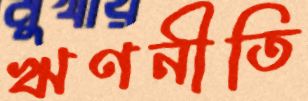
ঋণনীতি